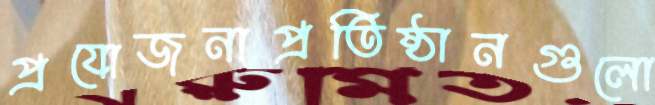
প্রযোজনাপ্রতিষ্ঠানগুলো